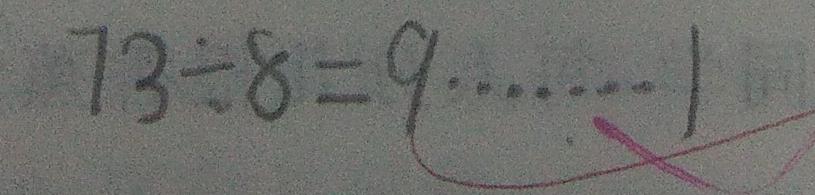
7 3 \div 8 = 9 \cdots 1